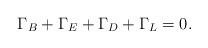
LaTeX: \begin{align*}\Gamma_{B}+\Gamma_{E}+\Gamma_{D}+\Gamma_{L}=0.\end{align*}